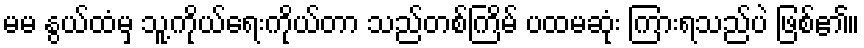
မမ နွယ်ထံမှ သူ့ကိုယ်ရေးကိုယ်တာ သည်တစ်ကြိမ် ပထမဆုံး ကြားရသည်ပဲ ဖြစ်၏။